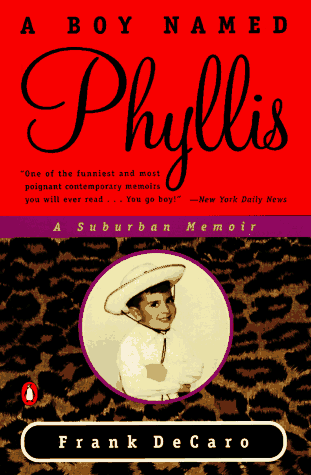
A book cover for A Boy Named Phyllis: A Suburban Memoir; Frank DeCaro; Gay & Lesbian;